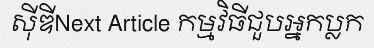
ស៊ីឌីNext Article កម្មវិធីជួបអ្នកប្លក